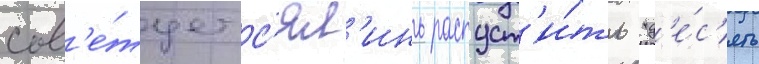
сов'е́тует с'ял'инь распуст'и́ть "д'е́с'ять